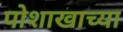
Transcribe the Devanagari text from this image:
पोशाखाच्या